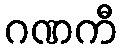
ဂဏကီ